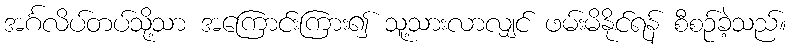
အင်္ဂလိပ်တပ်သို့သာ အကြောင်းကြား၍ သူ့သားလာလျှင် ဖမ်းမိနိုင်ရန် စီစဉ်ခဲ့သည်။